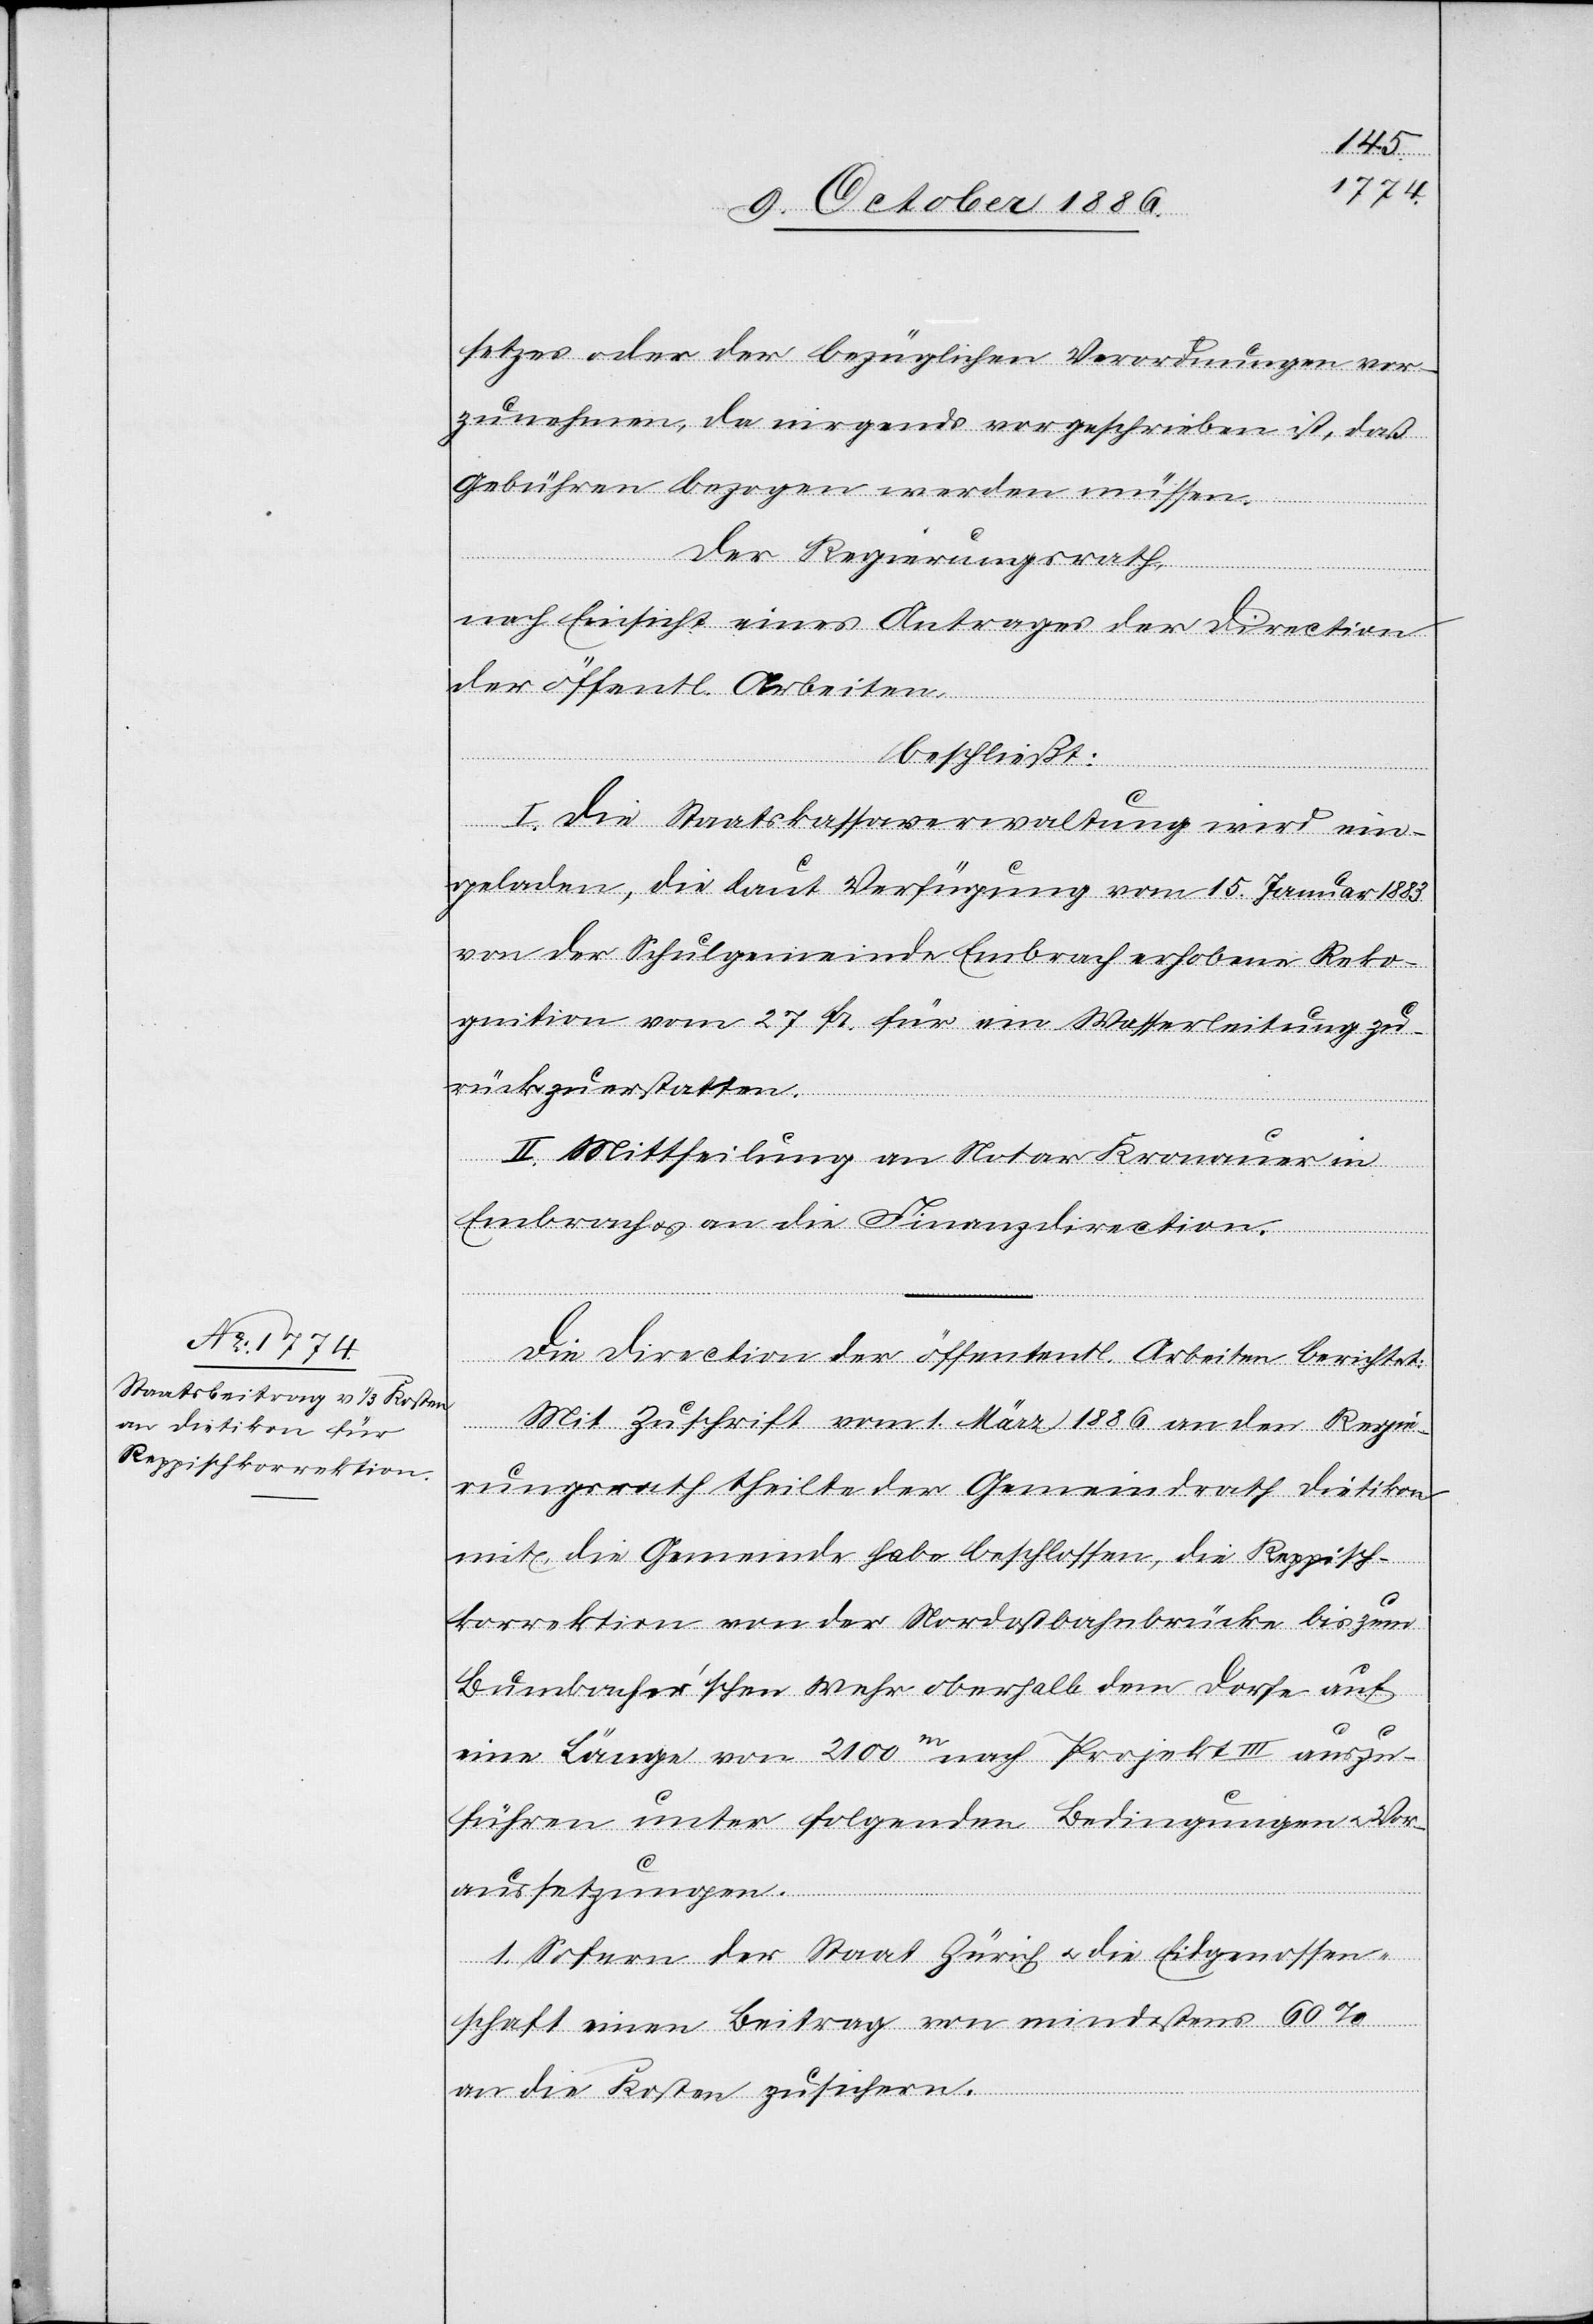
setzes oder der bezüglichen Verordnungen vor¬
zunehmen, da nirgends vorgeschrieben ist, daß
Gebühren bezogen werden müssen.
Der Regierungsrath,
nach Einsicht eines Antrages der Direction
der öffentl. Arbeiten,
beschließt:
I. Die Staatskassaverwaltung wird ein¬
geladen, die laut Verfügung vom 15. Januar 1883
von der Schulgemeinde Embrach erhobene Reko¬
gnition vom [sic!] 27. Fr. für ein Wasserleitung zu¬
rück zu erstatten.
II. Mittheilung an Notar Kronauer in
Embrach & an die Finanzdirection.
Die Direction der öffententl. [sic!] Arbeiten berichtet:
Mit Zuschrift vom 1. März 1886 an den Regie¬
rungsrath theilte der Gemeindrath Dietikon
mit, die Gemeinde habe beschlossen, die Reppisch¬
korrektion von der Nordostbahnbrücke bis zum
Bumbacher’schen Wehr oberhalb dem Dorfe auf
eine Länge von 2100m nach Projekt III auszu¬
führen unter folgenden Bedingungen & Vor¬
aussetzungen.
1. Sofern der Staat Zürich & die Eidgenossen¬
schaft einen Beitrag von mindestens 60%
an die Kosten zusichern.